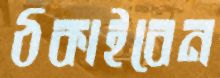
ঠকাইবেন